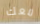
معك